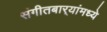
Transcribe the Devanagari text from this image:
संगीतबार्‍यांमध्ये